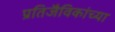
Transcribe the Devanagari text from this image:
प्रतिजैविकांच्या